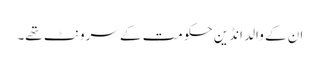
ان کے والد انڈین حکومت کے سرونٹ تھے۔